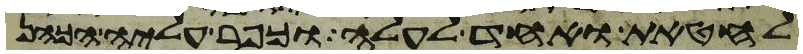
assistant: לחטאת ואחד לעלה וכפר עליה הכהן